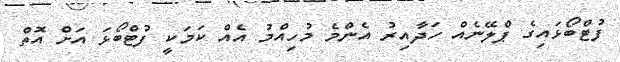
ފުޓްބޯޅައިގެ ޕްލޭނެއް ހަދާއިރު އެންމެ މުހިއްމު އެއް ކަަމަކީ ފުޓްބޯޅަ އަށް އޮތް